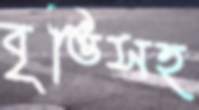
বৃত্তিসহ